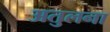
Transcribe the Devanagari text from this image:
अतुलना